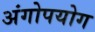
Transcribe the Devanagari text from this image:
अंगोपयोग